Regulations for the medical services of the Army of India
Year: 1930
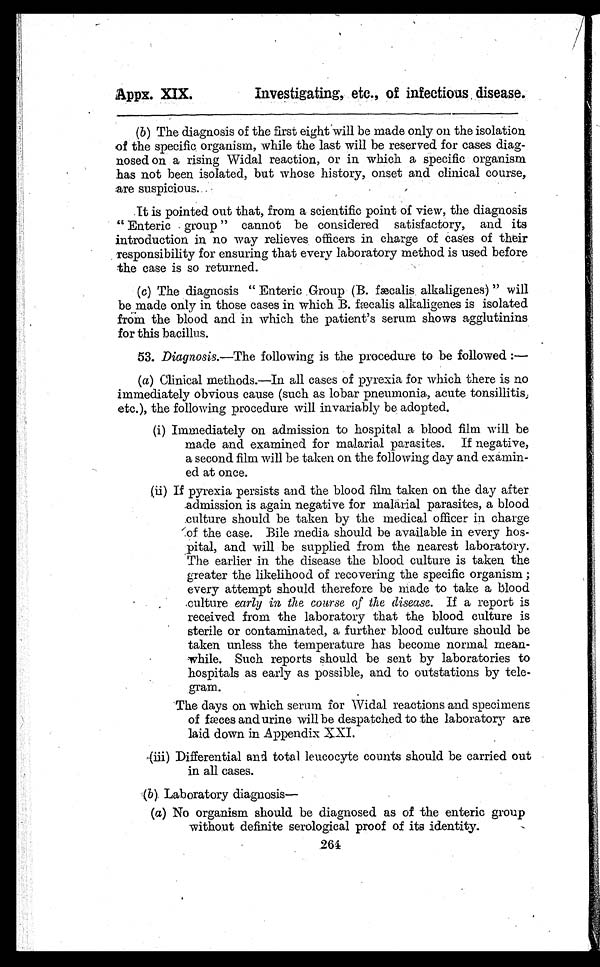
Apps. XIX.
Investigating, etc., of infectious. disease.
(b) The diagnosis of the first eight will be made only on the isolation
of the specific organism, while the last will be reserved for cases diag
- n o s e d o n a r i s i n g W i d a l r e a c t i o n , o r i n w h i c h a s p e c i f i c o r g a n i s m
has not been isolated, but whose history, onset and clinical course,
are suspicious.
It is pointed out that, from a scientific point of view, the diagnosis
" E n t e r i c g r o u p " c a n n o t b e c o n s i d e r e d s a t i s f a c t o r y , a n d i t s
introduction in no way relieves officers in charge of cases of their
responsibility for ensuring that every laboratory method is used before
the case is so returned.
(c) The diagnosis " Enteric Group (B. fæcalis alkaligenes) " will
be made only in those cases in which B. fæcalis alkaligenes is isolated
from the blood and in which the patient's serum shows agglutinins
for this bacillus.
53. Diagnosis.—The following is the procedure to be followed : —
(a) Clinical methods.—In all cases of pyrexia for which there is no
immediately obvious cause (such as lobar pneumonia, acute tonsillitis;
etc.), the following procedure will invariably be adopted.
(i)
I m m e d i a t e l y o n a d m i s s i o n t o h o s p i t a l a b l o o d f i l m w i l l b e
made and examined for malarial parasites. If negative,
a second film will be taken on the following day and examin--
ed at once.
(ii) If pyrexia persists and the blood film taken on the day after
admission is again negative for malarial parasites, a blood
culture should be taken by the medical officer in charge
of the case. Bile media should be available in every hos-
-pital, and will be supplied from the nearest laboratory.
The earlier in the disease the blood culture is taken the
greater the likelihood of recovering the specific organism;
every attempt should therefore be made to take a blood
cultured early in the course of the disease. If a report is
received from the laboratory that the blood culture is
sterile or contaminated, a further blood culture should be
taken unless the temperature has become normal mean
-while. Such reports should be sent by laboratories to
hospitals as early as possible, and to outstations by tele
-gram.
The days on which serum for Widal reactions and specimens
of fæces and urine will be despatched to the laboratory are
laid down in Appendix XXI.
(iii) Differential and total leucocyte counts should be carried out
in all cases.
(b) Laboratory diagnosis—
(a) No organism should be diagnosed as of the enteric group
without definite serological proof of its identity.